Eesti_Noorsoo_Kasvatuse_Selts, lk 7
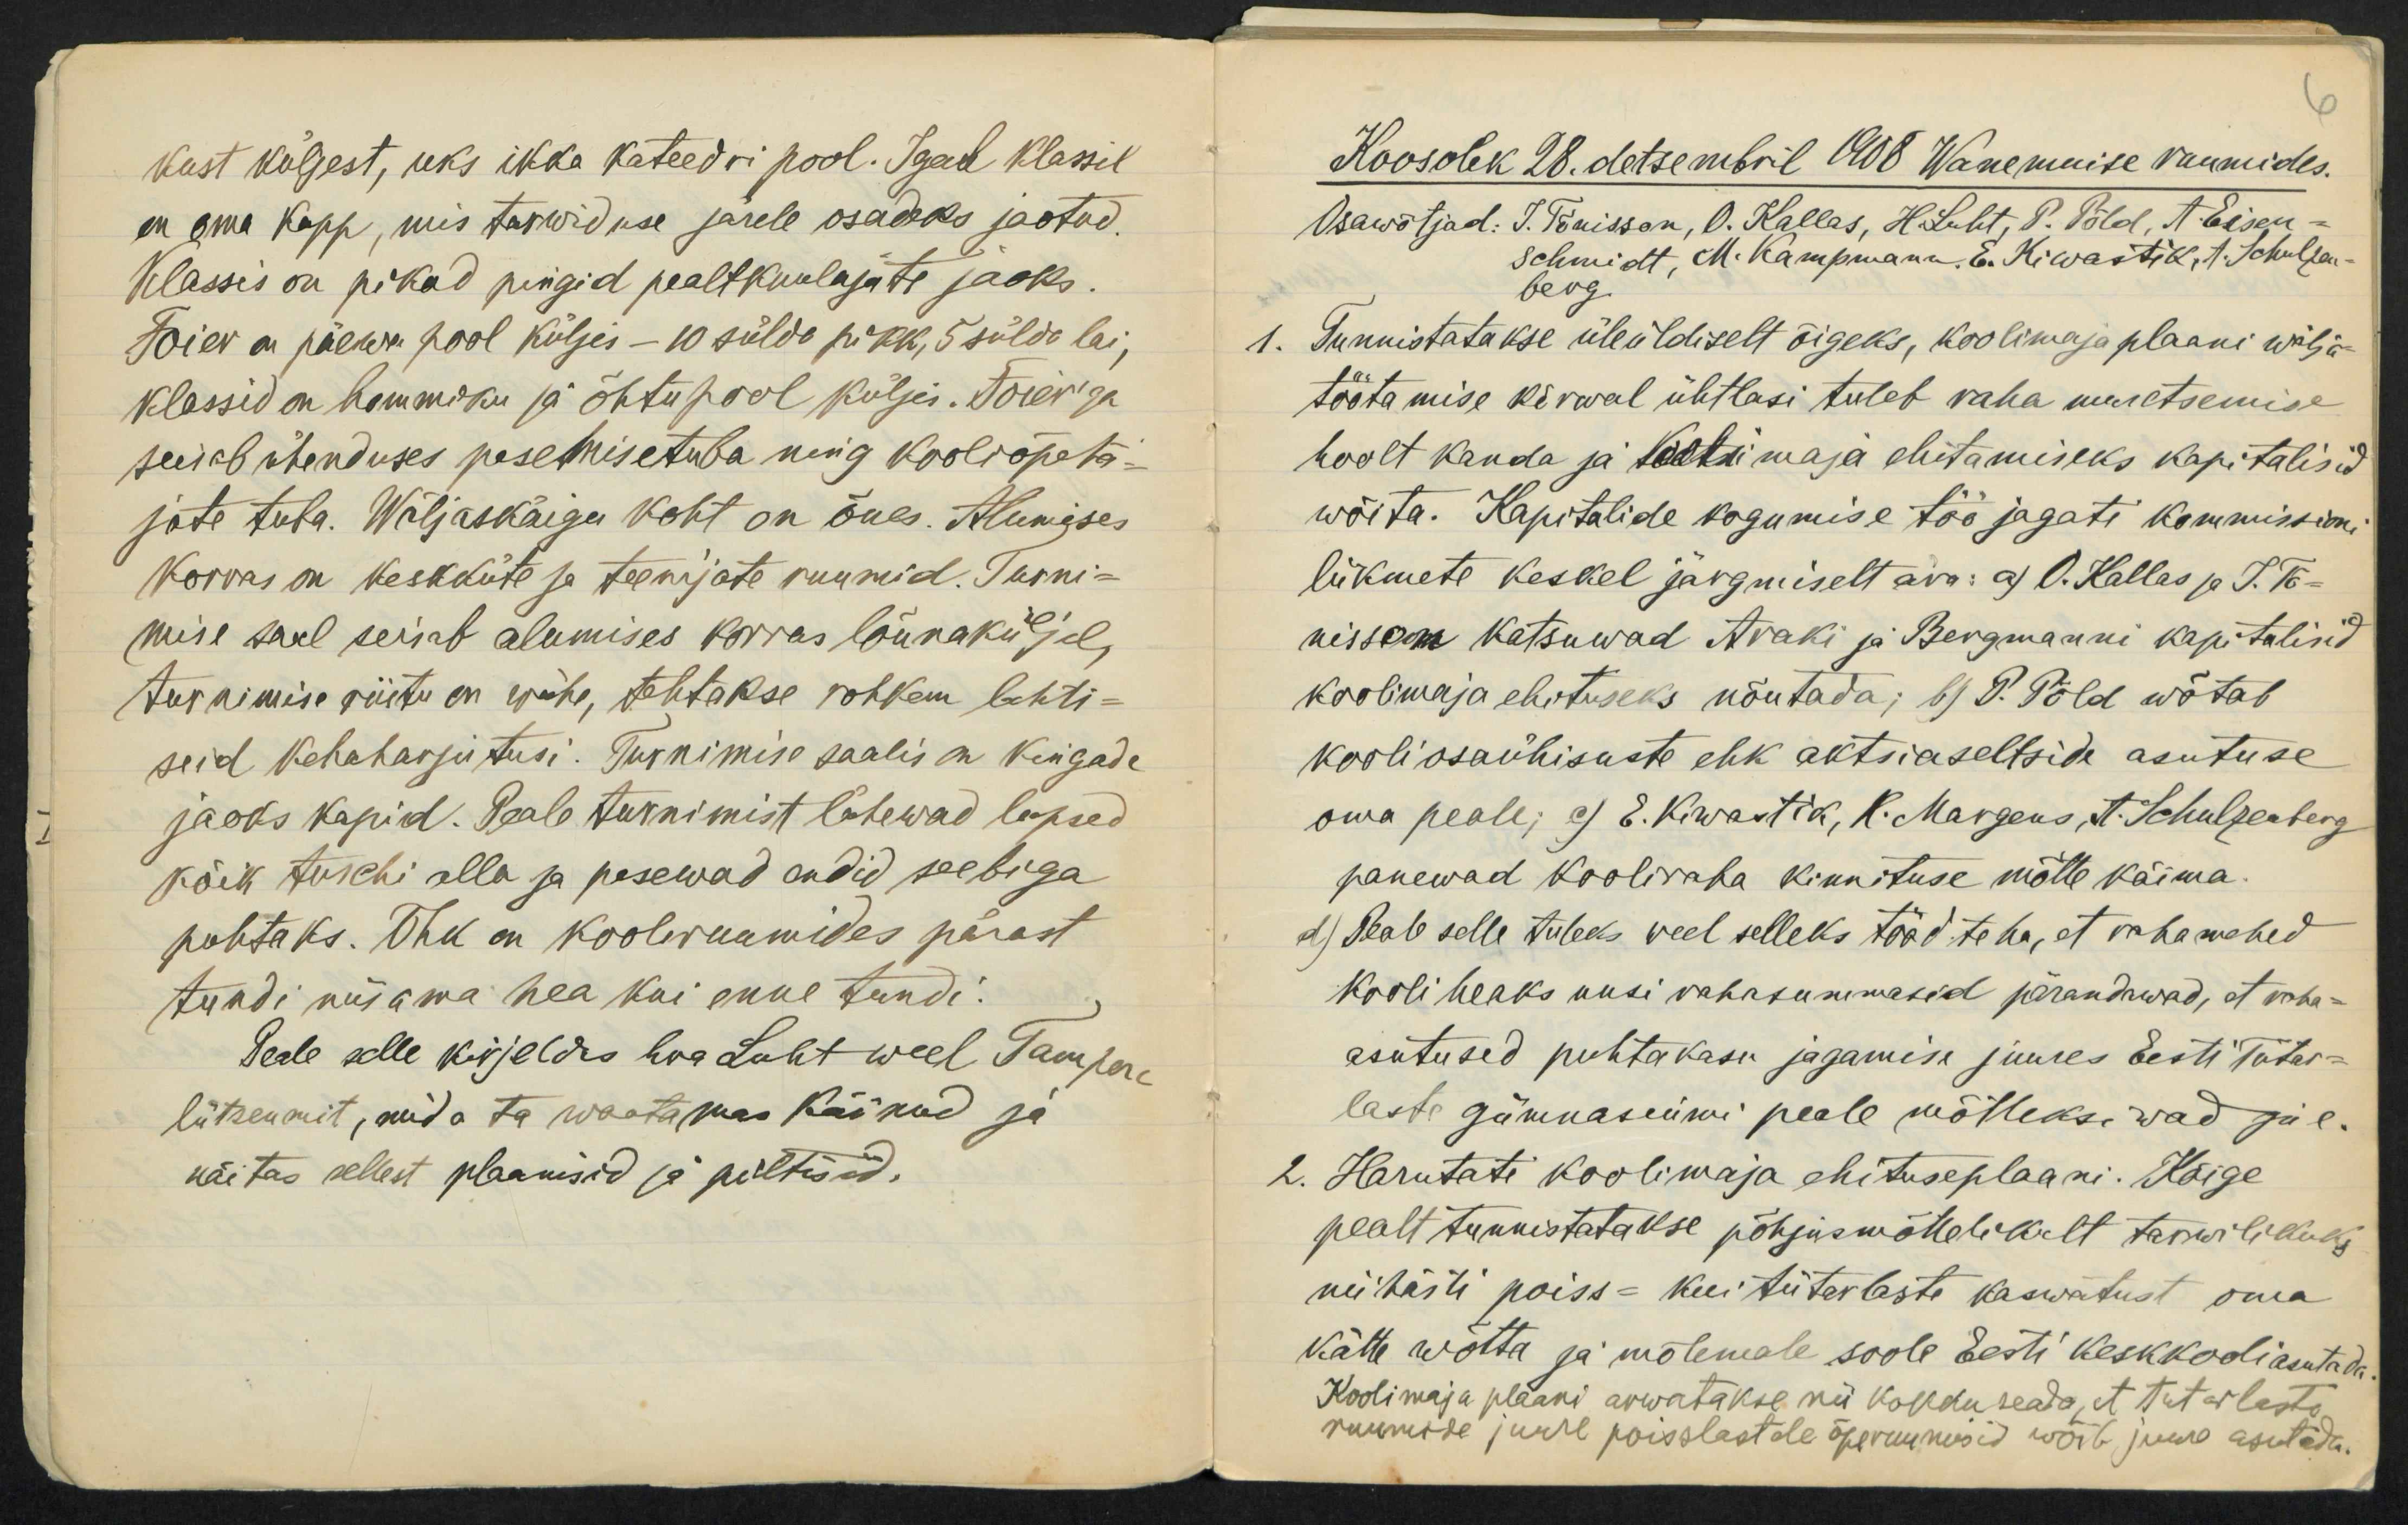
kust küljest, uks ikka kateedri pool. Igal klassil
on oma kapp, mis tarwiduse järele osadeks jaotud.
Klassis on pikad pingid pealtkuulajate jaoks.
Foier on päewa pool küljes - 10 sülda pikk, 5 sülda lai,
klassid on hommiku ja õhtupool küljes. Foier´ga
seisab ühenduses pesemisetuba ning kooliõpeta-
jate tuba. Wäljaskäigu koht on õues. Alumises
korras on keskküte ja teenijate ruumid. Turni-
mise saal seisab alumises korras lõunaküljel,
turnimise riistu on wähe, tehtakse rohkem lahti-
seid kehaharjutusi. Turnimise saalis on kingade
jaoks kapid. Peale turnimist lähewad lapsed
kõik tuschi alla ja pesewad endid seebiga
puhtaks. Õhk on kooliruumides pärast
tundi niisama hea kui enne tundi.
Peale selle kirjeldes hra Luht weel Tampere
lütseumit, mida ta waatamas käinud ja
näitas sellest plaanisid ja piltisid.

Koosolek 28. detsembril 1908 Wanemuise ruumides.
Osawõtjad: J. Tõnisson, O. Kallas, H. Luht, P. Põld, A. Eisen-
schmidt, M. Kampmann, E. Kiwastik. A. Schulzen-
berg
1. Tunnistatakse üleüldiselt õigeks, koolimaja plaani wälja-
töötamise kõrwal ühtlasi tuleb raha muretsemise
hoolt kanda ja koolimaja ehitamiseks kapitalisid
wõita. Kapitalide kogumise töö jagati kommissioni
liikmete keskel järgmiselt ära: a) O. Kallas ja J. Tõ-
nisson katsuwad Araki ja Bergmanni kapitalisid
koolimaja ehituseks nõutada; b) P. Põld wõtab
kooliosaühisuste ehk aktsiaseltside asutuse
oma peale; c) E. Kiwastik, R. Margens, A. Schulzenberg
panewad kooliraha kinnituse mõtte käima.
d) Peale selle tuleks weel selleks tööd teha, et rahamehed
kooli heaks uusi rahasummasid pärandawad, et raha-
asutused puhtakasu jagamise juures Eesti Tütar-
laste gümnasiumi peale mõtleksiwad jne.
2. Harutati koolimaja ehituseplaani. Kõige
pealt tunnistatakse põhjusmõttelikult tarwilikuks
niihästi poiss- kui tütarlaste kaswatust oma
kätte wõtta ja mõlemale soole Eesti keskkooli asutada.
Koolimaja plaani arwatakse nii kokku seada, et tutarlaste
ruumide juure poisslastele õperuumisid wõib juure asutada.